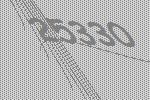
25330